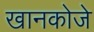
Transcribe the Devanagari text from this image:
खानकोजे